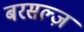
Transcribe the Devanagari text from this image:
बरसल्ज़